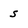
Character: s